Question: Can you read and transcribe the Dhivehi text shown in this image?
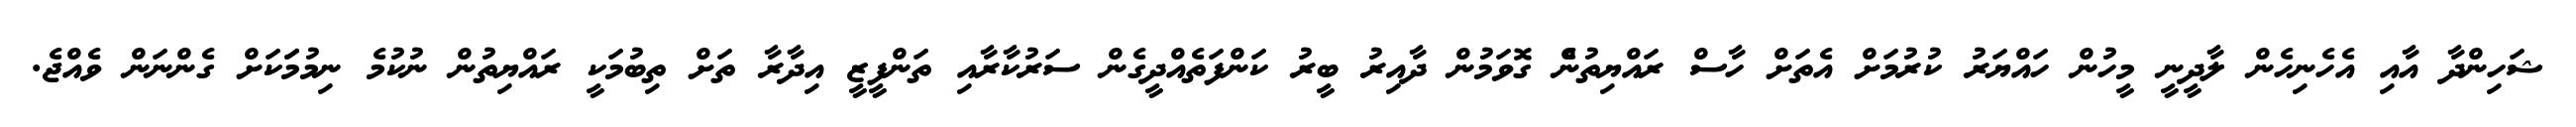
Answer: ޝަހިންދާ އާއި އެހެނިހެން ލާދީނީ މީހުން ހައްޔަރު ކުރުމަށް އެތަށް ހާސް ރައްޔިތުނެް ގޮވަމުން ދާއިރު ބީރު ކަންފަތެއްދީގެން ސަރުކާރާއި ތަންފީޒީ އިދާރާ ތަށް ތިބުމަކީ ރައްޔިތުން ނުކުމެ ނިމުމަަކަށް ގެންނަން ވެއްޖެ.